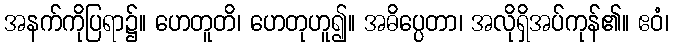
အနက်ကိုပြရာ၌။ ဟေတူတိ၊ ဟေတုဟူ၍။ အဓိပ္ပေတာ၊ အလိုရှိအပ်ကုန်၏။ ဧဝံ၊